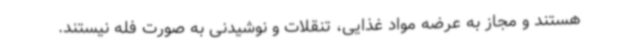
هستند و مجاز به عرضه مواد غذایی، تنقلات و نوشیدنی به صورت فله نیستند.